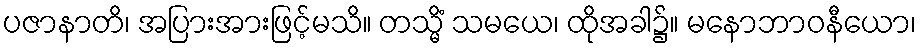
ပဇာနာတိ၊ အပြားအားဖြင့်မသိ။ တသ္မိံ သမယေ၊ ထိုအခါ၌။ မနောဘာဝနီယော၊